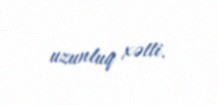
uzunluq xətti.